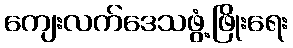
ကျေးလက်ဒေသဖွံ့ဖြိုးရေး